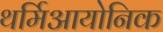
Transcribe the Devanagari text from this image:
थर्मिआयोनिक